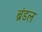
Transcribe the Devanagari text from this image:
ब्रंडल